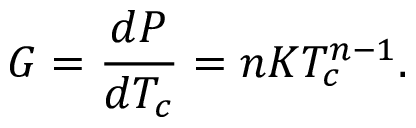
G = \frac { d P } { d T _ { c } } = n K T _ { c } ^ { n - 1 } .